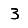
Digit: 3